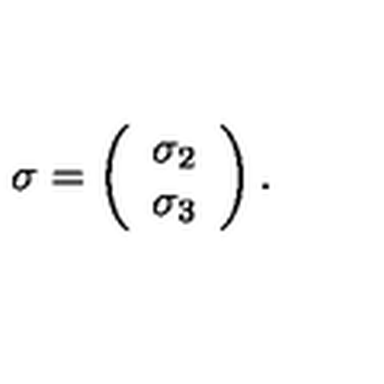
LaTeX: \mathbf { \sigma } = \left( \begin{array} { c } { \sigma _ { 2 } } \\ { \sigma _ { 3 } } \\ \end{array} \right) .